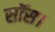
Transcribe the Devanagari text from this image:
सॉस।